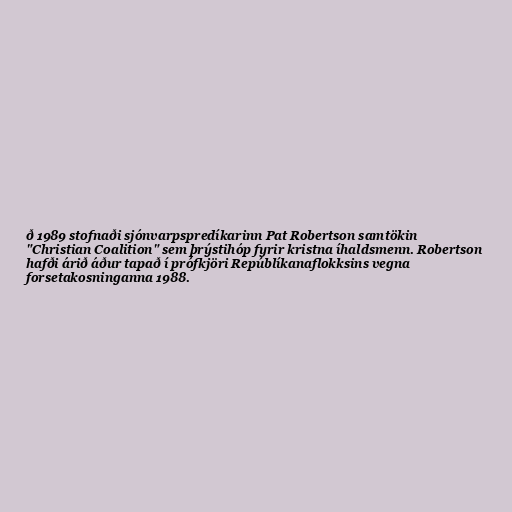
ð 1989 stofnaði sjónvarpspredíkarinn Pat Robertson samtökin
"Christian Coalition" sem þrýstihóp fyrir kristna íhaldsmenn. Robertson
hafði árið áður tapað í prófkjöri Repúblíkanaflokksins vegna
forsetakosninganna 1988.